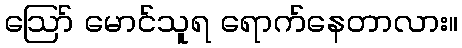
ဪ မောင်သူရ ရောက်နေတာလား။